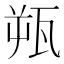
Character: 𬎫